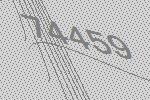
74459